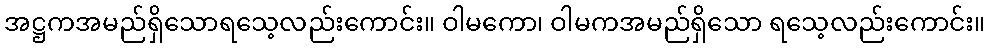
အဋ္ဌကအမည်ရှိသောရသေ့လည်းကောင်း။ ဝါမကော၊ ဝါမကအမည်ရှိသော ရသေ့လည်းကောင်း။